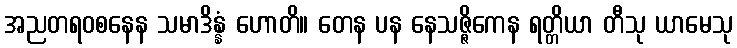
အညတရဝစနေန သမာဒိန္နံ ဟောတိ။ တေန ပန နေသဇ္ဇိကေန ရတ္တိယာ တီသု ယာမေသု